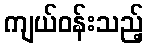
ကျယ်ဝန်းသည့်